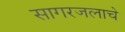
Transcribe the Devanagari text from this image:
सागरजलाचे